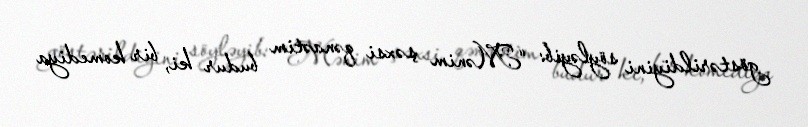
göstərildiyini söyləyib: “Mənim şəxsi qənaətim budur ki, bir komediya